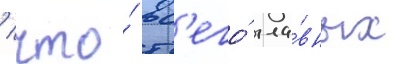
/ что́ вс'его́ гла́вных